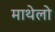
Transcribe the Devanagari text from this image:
माथेलो